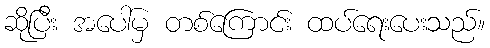
ဆိုပြီး အပေါ်မှ တစ်ကြောင်း ထပ်ရေးပေးသည်။